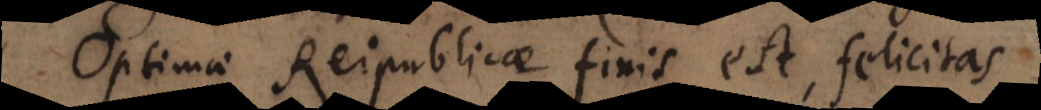
Optimae Reipublicae finis est, felicitas